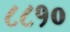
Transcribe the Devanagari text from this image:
८८१०